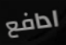
ادافع